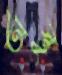
অস্তু